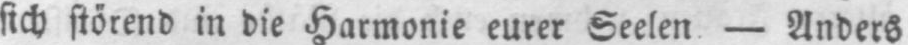
sich störend in die Harmonie eurer Seelen. - Anders